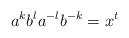
LaTeX: \begin{align*}a^k b^l a^{-l} b^{-k} = x^t\end{align*}